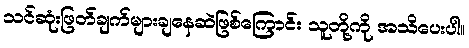
သင်ဆုံးဖြတ်ချက်များချနေဆဲဖြစ်ကြောင်း သူတို့ကို အသိပေးပါ။